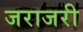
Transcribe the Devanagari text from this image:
जराजरी